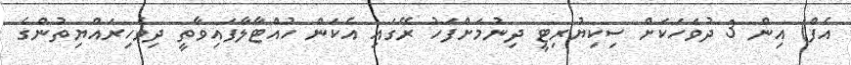
އެފް) އިން 3 ދުވަހަކަށް ސިކިޔުރިޓީ ދިނުމަށްފަހު ރޭގައި އެކަން ހުއްޓާލާފައިވާތީ ދިވެހިރައްޔިތުންގެ